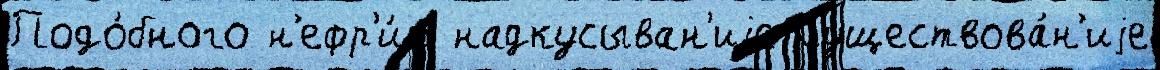
Подо́бного н'ефр'и́т надкусыван'иjе Существова́н'иjе